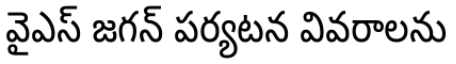
వైఎస్ జగన్ పర్యటన వివరాలను